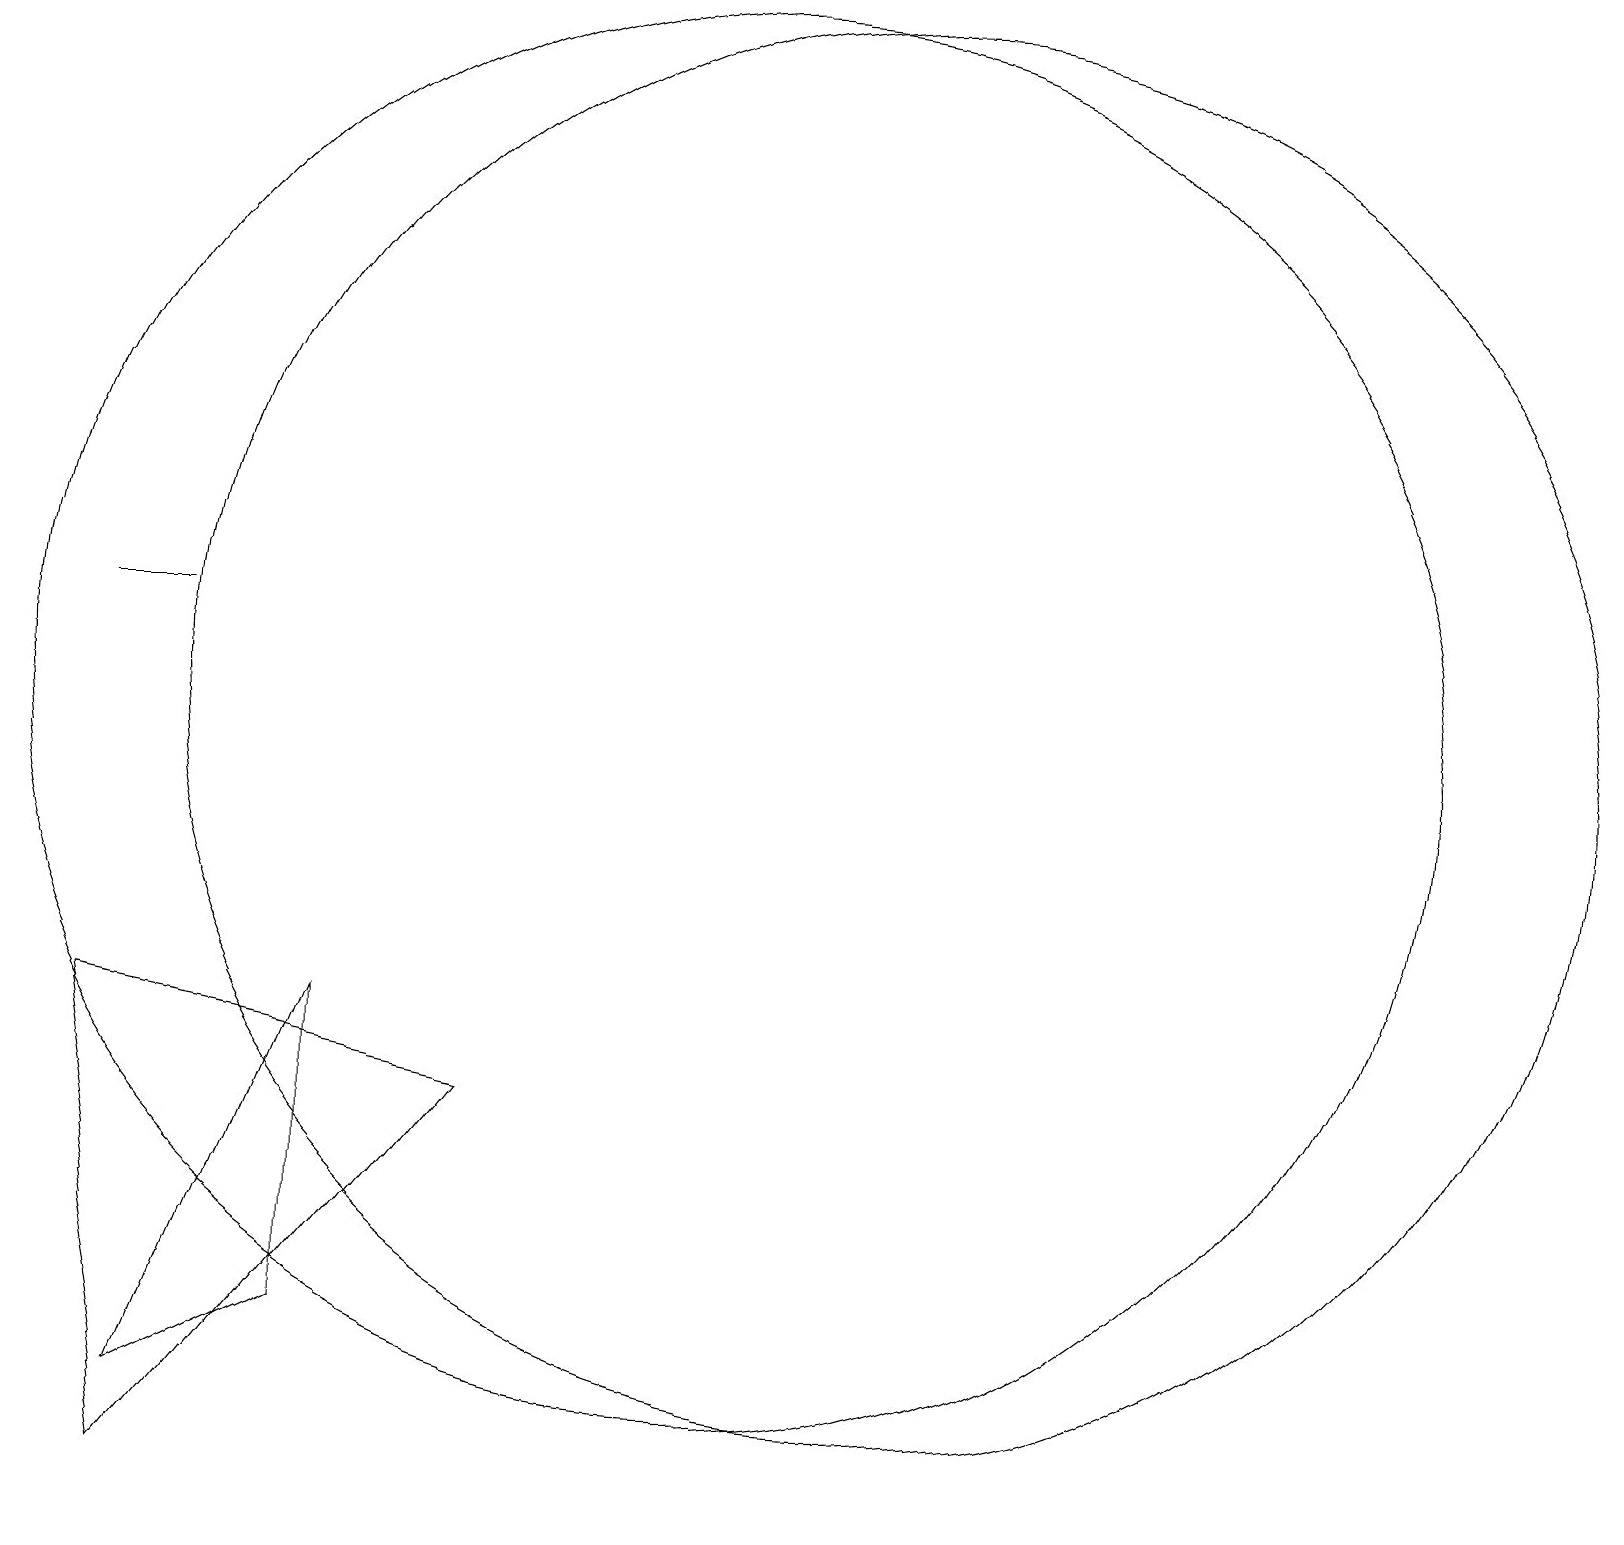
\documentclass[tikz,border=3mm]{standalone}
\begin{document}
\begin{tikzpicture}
\draw (10,10) circle (9);
\draw (5,6) -- (5,2) -- (3,1) -- cycle;
\draw (12,10) circle (9);
\draw (3,11) rectangle (2,11);
\draw (3,0) -- (2,6) -- (7,5) -- cycle;
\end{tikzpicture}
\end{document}